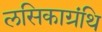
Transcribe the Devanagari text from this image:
लसिकाग्रंथि